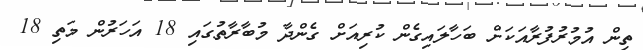
ތިން އުމުރުފުރާއަކަށް ބަހާލައިގެން ކުރިއަށް ގެންދާ މުބާރާތުގައި 18 އަހަރުން މަތި 18